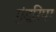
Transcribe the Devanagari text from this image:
गुंडुरिपा